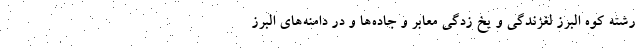
رشته کوه البرز لغزندگی و یخ زدگی معابر و جاده‌ها و در دامنه‌های البرز